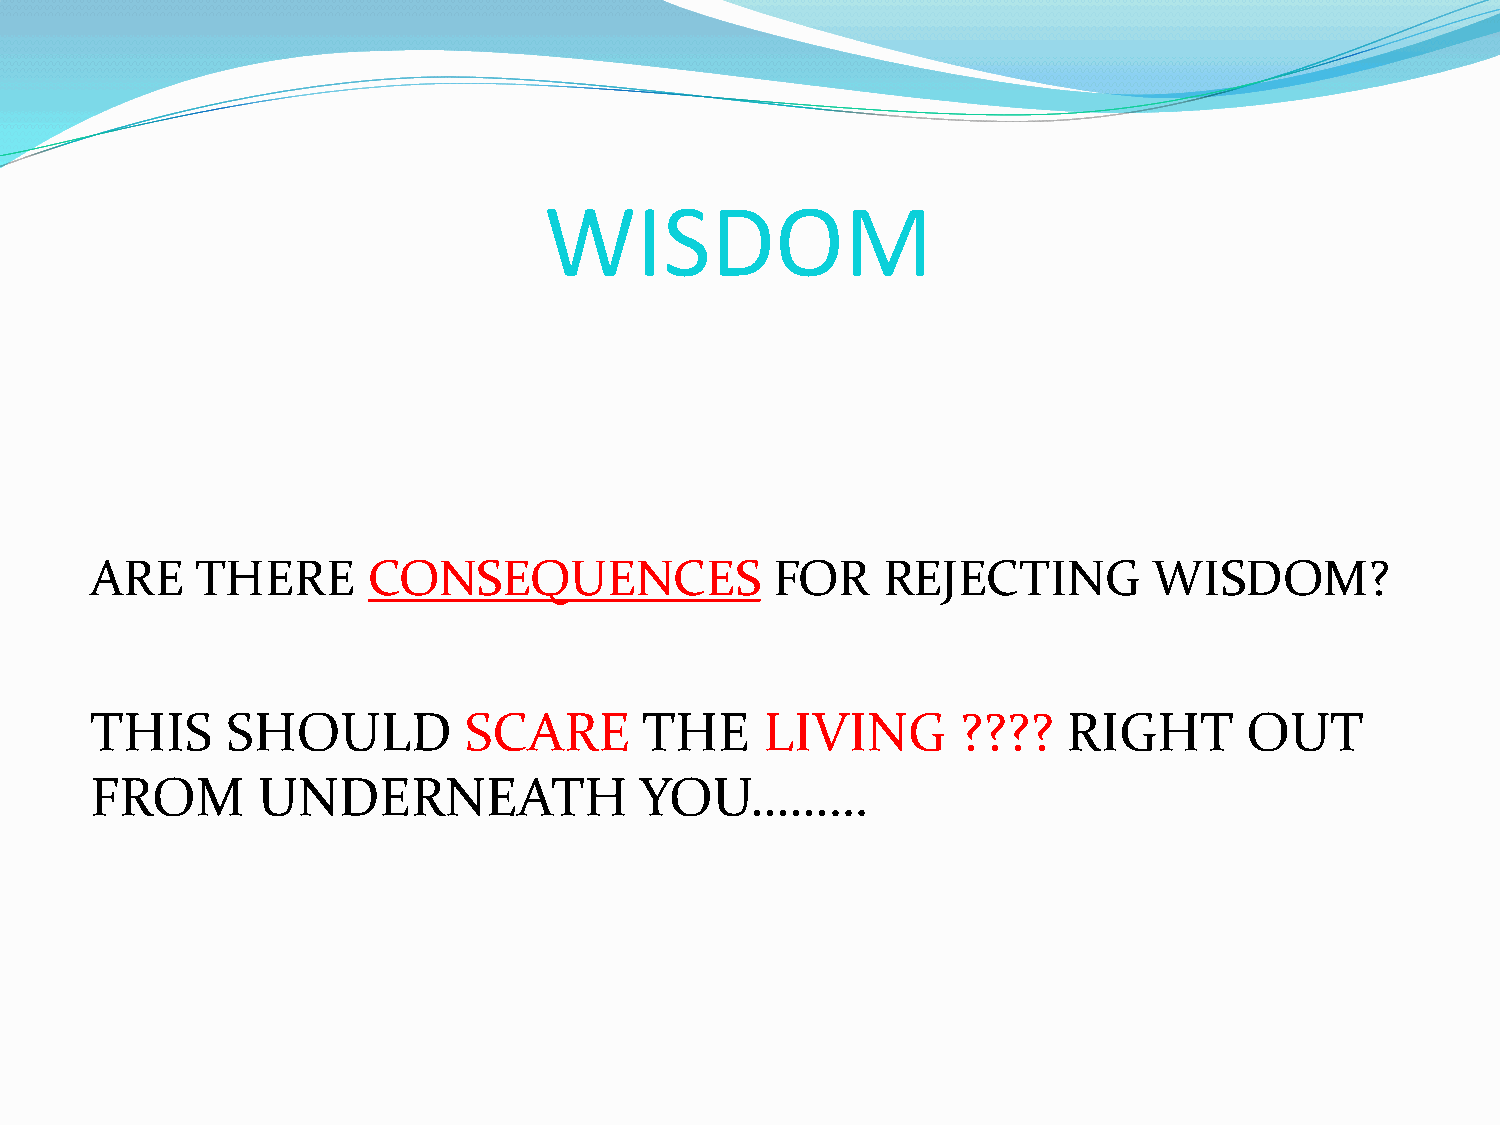
WISDOM
 ARE    THERE      CONSEQUENCES               FOR    REJECTING         WISDOM?
 THIS     SHOULD          SCARE       THE     LIVING       ????   RIGHT       OUT
 FROM       UNDERNEATH               YOU………